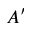
A ^ { \prime }